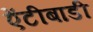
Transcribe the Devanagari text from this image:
ऐंटीबाडी